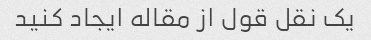
یک نقل قول از مقاله ایجاد کنید